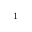
^ { \footnotemark [ 1 ] }